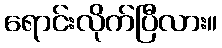
ရောင်းလိုက်ပြီလား။